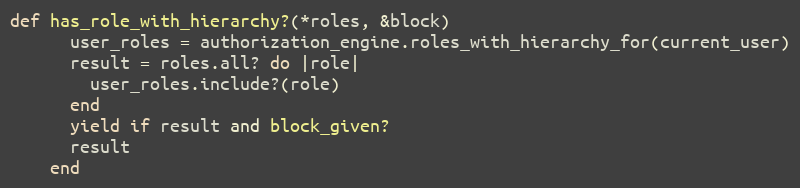
Language: Ruby
def has_role_with_hierarchy?(*roles, &block)
      user_roles = authorization_engine.roles_with_hierarchy_for(current_user)
      result = roles.all? do |role|
        user_roles.include?(role)
      end
      yield if result and block_given?
      result
    end